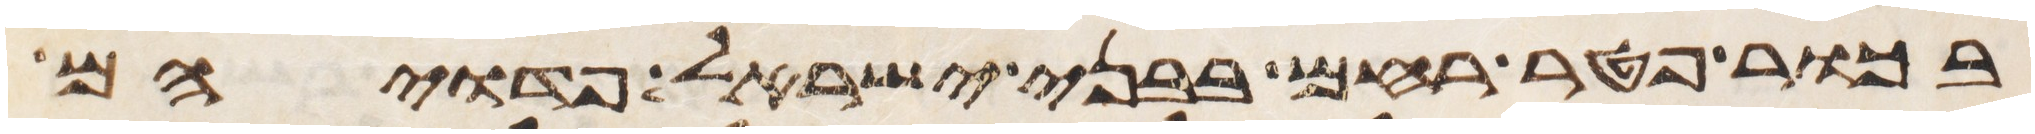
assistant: בכור פטר רחם בבני ישראל פדויהם